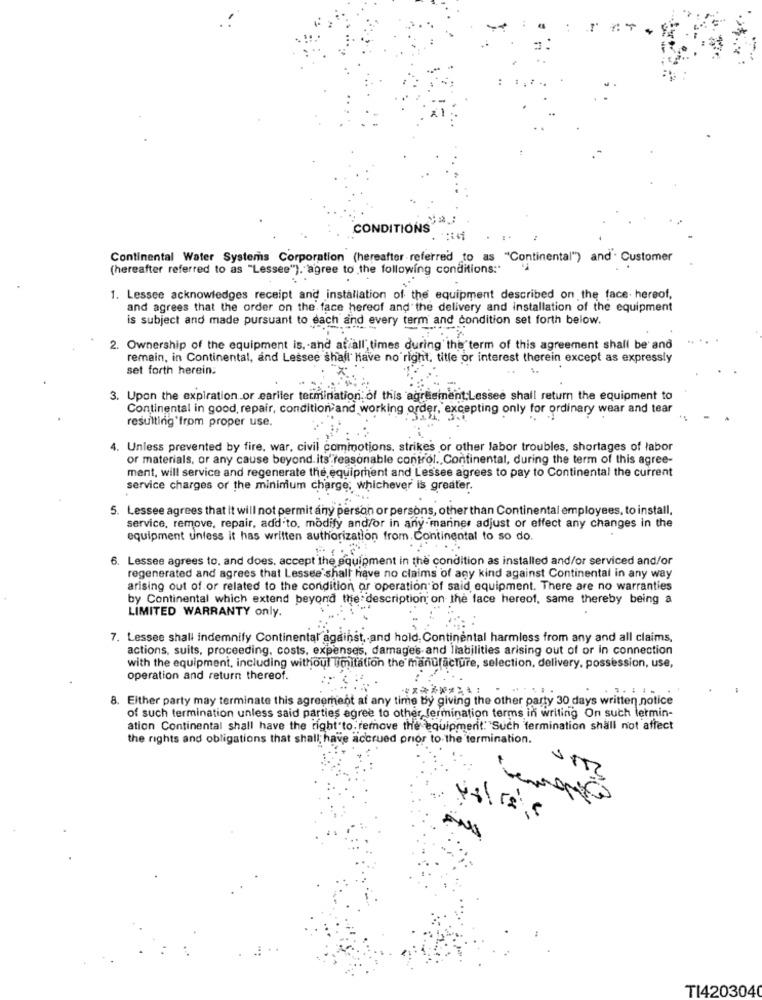
CONDITIONS'
Continental Water Systems Corporation (hereafter referred to as "Continental") and. Customer
(hereafter referred to as "Lessee"). agree to the following conditions:"
1. Lessee acknowledges receipt and installation of the equipment described on the face. hereof,
and agrees that the order on the face hereof and the delivery and installation of the equipment
is subject and made pursuant to each and every term and condition set forth below.
2. Ownership of the equipment is, and at all" times during the term of this agreement shall be' and
remain, in Continental, and Lessee shall have no right, title or interest therein except as expressly
set forth herein:
3. Upon the expiration or eariter termination of this agreement.Lessee shall return the equipment to
Continental in good, repair, condition and working order, excepting only for ordinary wear and tear
resulting from proper use.
. Unless prevented by fire, war, civil commotions, strikes or other labor troubles, shortages of labor
or materials, or any cause beyond. its"reasonable control. Continental, during the term of this agree-
ment, will service and regenerate the equipment and Lessee agrees to pay to Continental the current
service charges or the minimum charge; whichever is greater.
5. Lessee agrees that it will not permit any person or persons, other than Continental employees, to install,
service, remove, repair, add to, modify and/or in any-mariner adjust or effect any changes in the
equipment unless it has written authorization from. Continental to so do.
6. Lessee agrees to. and does, accept the equipment in the condition as installed and/or serviced and/or
regenerated and agrees that Lessee shall have no claims of any kind against Continental in any way
arising out of or related to the condition or operation of said equipment. There are no warranties
by Continental which extend beyond the description on the face hereof, same thereby being a
LIMITED WARRANTY only.
7. Lessee shall indemnify Continental against, and hold, Continental harmless from any and all claims,
actions, suits, proceeding, costs, expenses, damages and liabilities arising out of or in connection
with the equipment, including without limitation the manufacture, selection, delivery, possession, use,
operation and return thereof.
*********:
...
8. Either party may terminate this agreement at any time by giving the other party 30 days written notice
of such termination unless said parties agree to other, fermination terms in writing On such lermin-
ation Continental shall have the right to. remove the equipment."Such termination shall not affect
the rights and obligations that shall; have accrued prior to the termination.
TI4203040